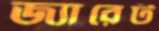
জ্যারেট